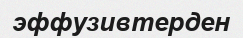
эффузивтерден